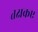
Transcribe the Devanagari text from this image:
तक्षकए